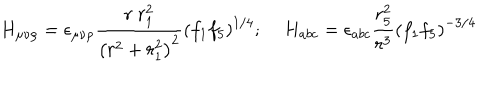
H _ { \mu \nu \rho } = \epsilon _ { \mu \nu \rho } \frac { r ~ r _ { 1 } ^ { 2 } } { \left( r ^ { 2 } + r _ { 1 } ^ { 2 } \right) ^ { 2 } } \left( f _ { 1 } f _ { 5 } \right) ^ { 1 / 4 } ; \; H _ { a b c } = \epsilon _ { a b c } \frac { r _ { 5 } ^ { 2 } } { r ^ { 3 } } \left( f _ { 1 } f _ { 5 } \right) ^ { - 3 / 4 }